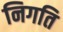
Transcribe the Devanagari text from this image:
निगति